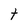
Character: t